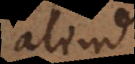
aliud